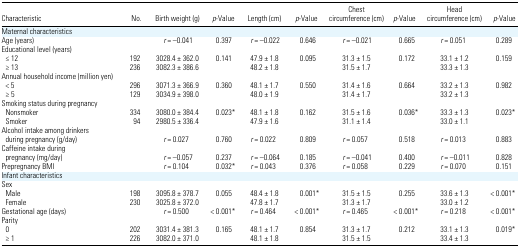
<table><thead><tr><td><b>Characteristic</b></td><td><b>No.</b></td><td><b>Birth weight (g)</b></td><td><b><i>p</i>-Value</b></td><td><b>Length (cm)</b></td><td><b><i>p</i>-Value</b></td><td><b>Chest circumference (cm)</b></td><td><b><i>p</i>-Value</b></td><td><b>Head circumference (cm)</b></td><td><b><i>p</i>-Value</b></td></tr></thead><tbody><tr><td colspan="10">Maternal characteristics</td></tr><tr><td>Age (years)</td><td></td><td><i>r</i> = −0.041</td><td>0.397</td><td><i>r</i> = −0.022</td><td>0.646</td><td><i>r</i> = −0.021</td><td>0.665</td><td><i>r</i> = 0.051</td><td>0.289</td></tr><tr><td colspan="10">Educational level (years)</td></tr><tr><td>≤ 12</td><td>192</td><td>3028.4 ± 362.0</td><td>0.141</td><td>47.9 ± 1.8</td><td>0.095</td><td>31.3 ± 1.5</td><td>0.172</td><td>33.1 ± 1.2</td><td>0.159</td></tr><tr><td> ≥ 13</td><td>236</td><td>3082.3 ± 386.6</td><td></td><td>48.2 ± 1.8</td><td></td><td>31.5 ± 1.7</td><td></td><td>33.3 ± 1.3</td><td></td></tr><tr><td colspan="10">Annual household income (million yen)</td></tr><tr><td> &lt; 5</td><td>296</td><td>3071.3 ± 366.9</td><td>0.360</td><td>48.1 ± 1.7</td><td>0.550</td><td>31.4 ± 1.6</td><td>0.664</td><td>33.2 ± 1.3</td><td>0.982</td></tr><tr><td> ≥ 5</td><td>129</td><td>3034.9 ± 398.0</td><td></td><td>48.0 ± 1.9</td><td></td><td>31.4 ± 1.7</td><td></td><td>33.2 ± 1.3</td><td></td></tr><tr><td colspan="10">Smoking status during pregnancy</td></tr><tr><td> Nonsmoker</td><td>334</td><td>3080.0 ± 384.4</td><td>0.023*</td><td>48.1 ± 1.8</td><td>0.162</td><td>31.5 ± 1.6</td><td>0.036*</td><td>33.3 ± 1.3</td><td>0.023*</td></tr><tr><td> Smoker</td><td>94</td><td>2980.5 ± 336.4</td><td></td><td>47.9 ± 1.6</td><td></td><td>31.1 ± 1.4</td><td></td><td>33.0 ± 1.1</td><td></td></tr><tr><td>Alcohol intake among drinkers during pregnancy (g/day)</td><td></td><td><i>r</i> = 0.027</td><td>0.760</td><td><i>r</i> = 0.022</td><td>0.809</td><td><i>r</i> = 0.057</td><td>0.518</td><td><i>r</i> = 0.013</td><td>0.883</td></tr><tr><td>Caffeine intake during pregnancy (mg/day)</td><td></td><td><i>r</i> = −0.057</td><td>0.237</td><td><i>r</i> = −0.064</td><td>0.185</td><td><i>r</i> = −0.041</td><td>0.400</td><td><i>r</i> = −0.011</td><td>0.828</td></tr><tr><td>Prepregnancy BMI</td><td></td><td><i>r</i> = 0.104</td><td>0.032*</td><td><i>r</i> = 0.043</td><td>0.376</td><td><i>r</i> = 0.058</td><td>0.229</td><td><i>r</i> = 0.070</td><td>0.151</td></tr><tr><td colspan="10">Infant characteristics</td></tr><tr><td colspan="10">Sex</td></tr><tr><td> Male</td><td>198</td><td>3095.8 ± 378.7</td><td>0.055</td><td>48.4 ± 1.8</td><td>0.001*</td><td>31.5 ± 1.5</td><td>0.255</td><td>33.6 ± 1.3</td><td>&lt; 0.001*</td></tr><tr><td> Female</td><td>230</td><td>3025.8 ± 372.0</td><td></td><td>47.8 ± 1.7</td><td></td><td>31.3 ± 1.7</td><td></td><td>33.0 ± 1.2</td><td></td></tr><tr><td>Gestational age (days)</td><td></td><td><i>r</i> = 0.500</td><td>&lt; 0.001*</td><td><i>r</i> = 0.464</td><td>&lt; 0.001*</td><td><i>r</i> = 0.465</td><td>&lt; 0.001*</td><td><i>r</i> = 0.218</td><td>&lt; 0.001*</td></tr><tr><td colspan="10">Parity</td></tr><tr><td> 0</td><td>202</td><td>3031.4 ± 381.3</td><td>0.165</td><td>48.1 ± 1.7</td><td>0.854</td><td>31.3 ± 1.7</td><td>0.212</td><td>33.1 ± 1.3</td><td>0.019*</td></tr><tr><td> ≥ 1</td><td>226</td><td>3082.0 ± 371.0</td><td></td><td>48.1 ± 1.8</td><td></td><td>31.5 ± 1.5</td><td></td><td>33.4 ± 1.3</td><td></td></tr></tbody></table>